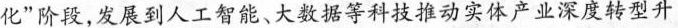
化”阶段，发展到人工智能、大数据等科技推动实体产业深度转型升